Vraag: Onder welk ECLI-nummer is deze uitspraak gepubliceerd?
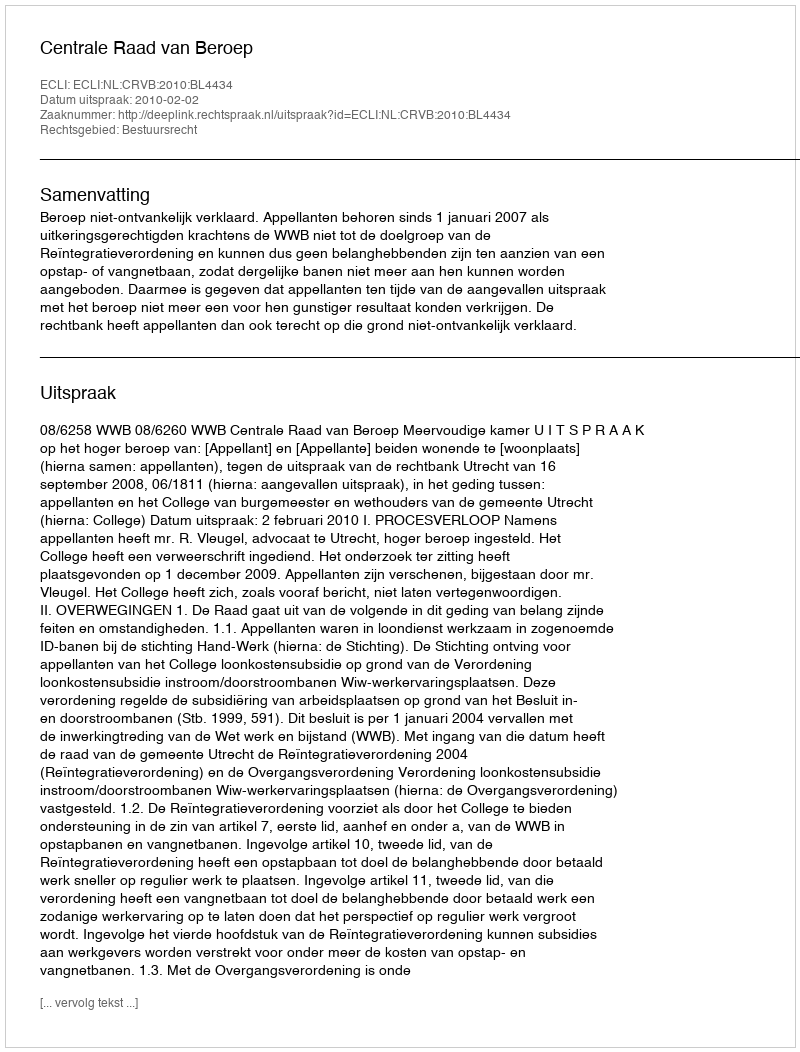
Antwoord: ECLI:NL:CRVB:2010:BL4434